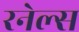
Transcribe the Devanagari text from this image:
रनेल्स